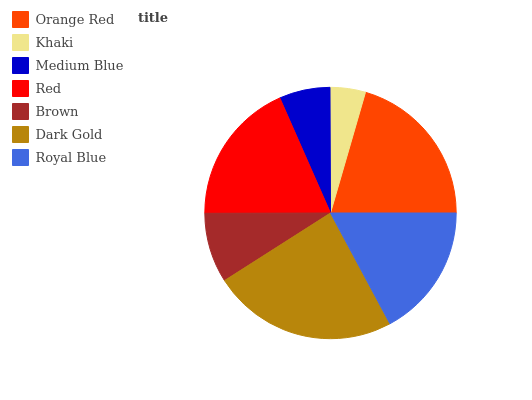
| Orange Red | Khaki | Medium Blue | Red | Brown | Dark Gold | Royal Blue |
 | --- | --- | --- | --- | --- | --- | --- |
 | 20.5% | 4.55% | 6.53% | 18.4% | 8.98% | 23.8% | 17.2% |